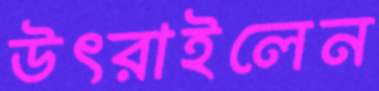
উৎরাইলেন